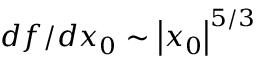
d f / d x _ { 0 } \sim \left| x _ { 0 } \right| ^ { 5 / 3 }